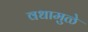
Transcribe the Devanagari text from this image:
वधामुळे